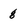
Character: 8